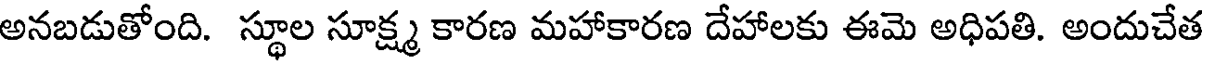
అనబడుతోంది. స్థూల సూక్ష్మ కారణ మహాకారణ దేహాలకు ఈమె అధిపతి. అందుచేత